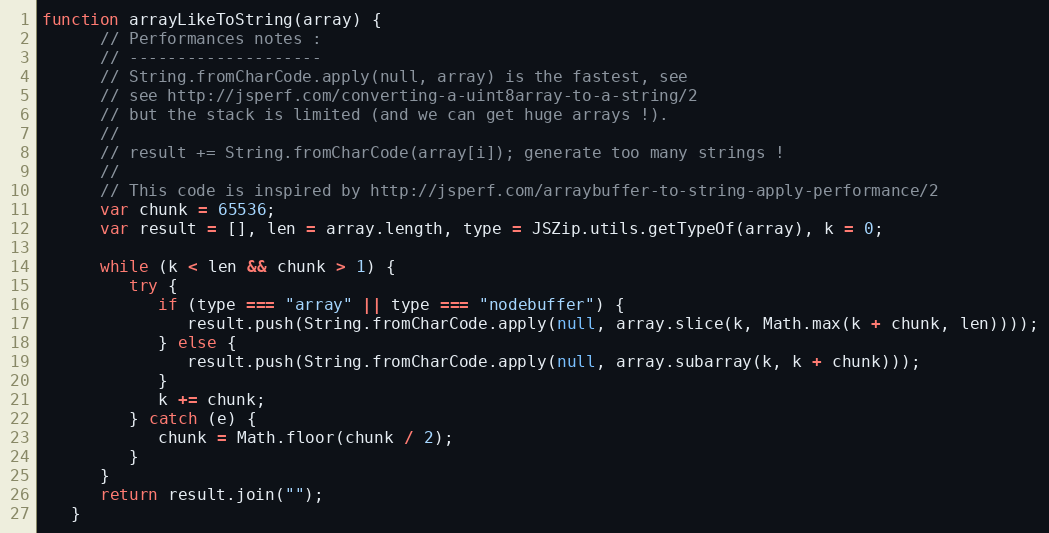
Language: JavaScript
function arrayLikeToString(array) {
      // Performances notes :
      // --------------------
      // String.fromCharCode.apply(null, array) is the fastest, see
      // see http://jsperf.com/converting-a-uint8array-to-a-string/2
      // but the stack is limited (and we can get huge arrays !).
      //
      // result += String.fromCharCode(array[i]); generate too many strings !
      //
      // This code is inspired by http://jsperf.com/arraybuffer-to-string-apply-performance/2
      var chunk = 65536;
      var result = [], len = array.length, type = JSZip.utils.getTypeOf(array), k = 0;

      while (k < len && chunk > 1) {
         try {
            if (type === "array" || type === "nodebuffer") {
               result.push(String.fromCharCode.apply(null, array.slice(k, Math.max(k + chunk, len))));
            } else {
               result.push(String.fromCharCode.apply(null, array.subarray(k, k + chunk)));
            }
            k += chunk;
         } catch (e) {
            chunk = Math.floor(chunk / 2);
         }
      }
      return result.join("");
   }